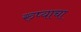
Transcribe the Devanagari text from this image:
रुप्याचा